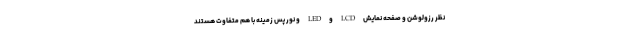
نظر رزولوشن و صفحه نمایش LCD و LED و نور پس زمینه با هم متفاوت هستند